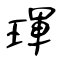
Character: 琿